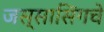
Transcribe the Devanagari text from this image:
जस्सासिंगचे